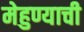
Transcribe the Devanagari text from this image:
मेहुण्याची